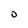
Character: O